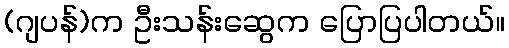
(ဂျပန်)က ဦးသန်းဆွေက ပြောပြပါတယ်။